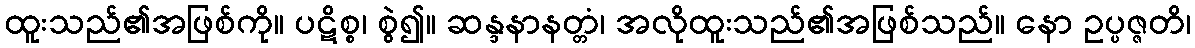
ထူးသည်၏အဖြစ်ကို။ ပဋိစ္စ၊ စွဲ၍။ ဆန္ဒနာနတ္တံ၊ အလိုထူးသည်၏အဖြစ်သည်။ နော ဥပ္ပဇ္ဇတိ၊